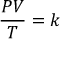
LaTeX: \qquad { \frac { P V } { T } } = k